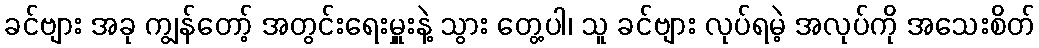
ခင်ဗျား အခု ကျွန်တော့် အတွင်းရေးမှူးနဲ့ သွား တွေ့ပါ၊ သူ ခင်ဗျား လုပ်ရမဲ့ အလုပ်ကို အသေးစိတ်